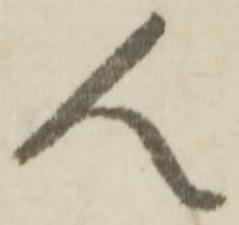
人